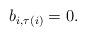
LaTeX: \begin{align*}b_{i,\tau(i)}=0.\end{align*}